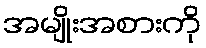
အမျိုးအစားကို